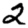
Digit: 2